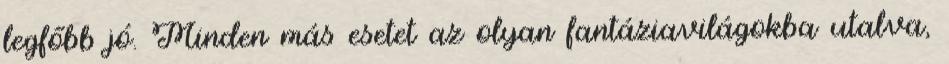
legfőbb jó. Minden más esetet az olyan fantáziavilágokba utalva,